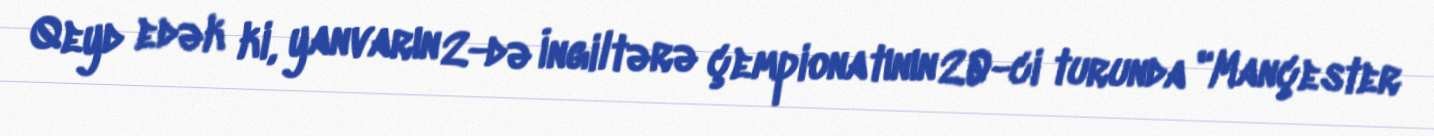
Qeyd edək ki, yanvarın 2-də İngiltərə çempionatının 20-ci turunda "Mançester